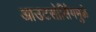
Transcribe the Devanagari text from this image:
आउटसोर्सिंगमुळे